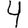
Digit: 4